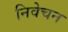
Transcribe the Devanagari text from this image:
निवेचन